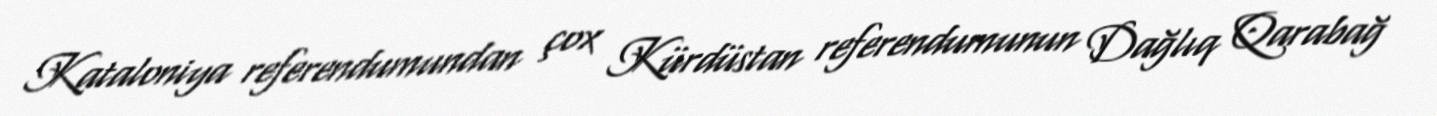
Kataloniya referendumundan çox Kürdüstan referendumunun Dağlıq Qarabağ